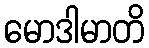
မောဒါမာတိ